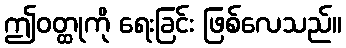
ဤဝတ္ထုကို ရေးခြင်း ဖြစ်လေသည်။